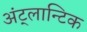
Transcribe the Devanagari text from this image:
अंट्लान्टिक